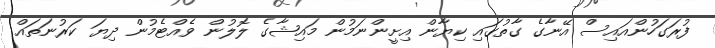
ފުރަގަހުންއައިސް އޭނާގެ ގާތުގައި ކިޔާން އިށީންނަމުން މައިޝާގެ ލޮލުން ވެއްޓެމުން ދިޔަ ކަރުނަތައް